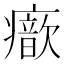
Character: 𤻐